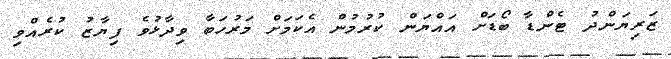
ޒަރިޔަންދު ޓެންޑާ ބޯޑަށް އައްޔަން ކުރުމުން އެކަމަށް މަރުހަބާ ވިދާޅުވެ ފިޔާޒު ކުރެއްވި